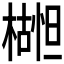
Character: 𬄮